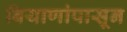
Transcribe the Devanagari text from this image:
बियाणांपासून